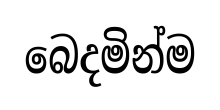
බෙදමින්ම